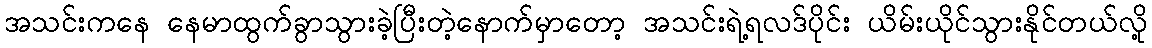
အသင်းကနေ နေမာထွက်ခွာသွားခဲ့ပြီးတဲ့နောက်မှာတော့ အသင်းရဲ့ရလဒ်ပိုင်း ယိမ်းယိုင်သွားနိုင်တယ်လို့